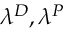
\lambda ^ { D } , \lambda ^ { P }